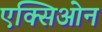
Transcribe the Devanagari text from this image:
एक्सिओन